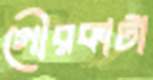
গৌরকাটা